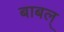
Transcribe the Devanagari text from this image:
बाबल्